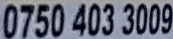
0750 403 3009